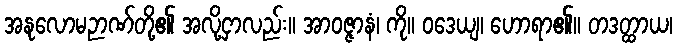
အနုလောမဉာဏ်တို့၏ အလို့ငှာလည်း။ အာဝဇ္ဇာနံ၊ ကို။ ဝဒေယျ၊ ဟောရာ၏။ တဒတ္ထာယ၊